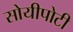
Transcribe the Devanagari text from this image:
सोयीपोटी